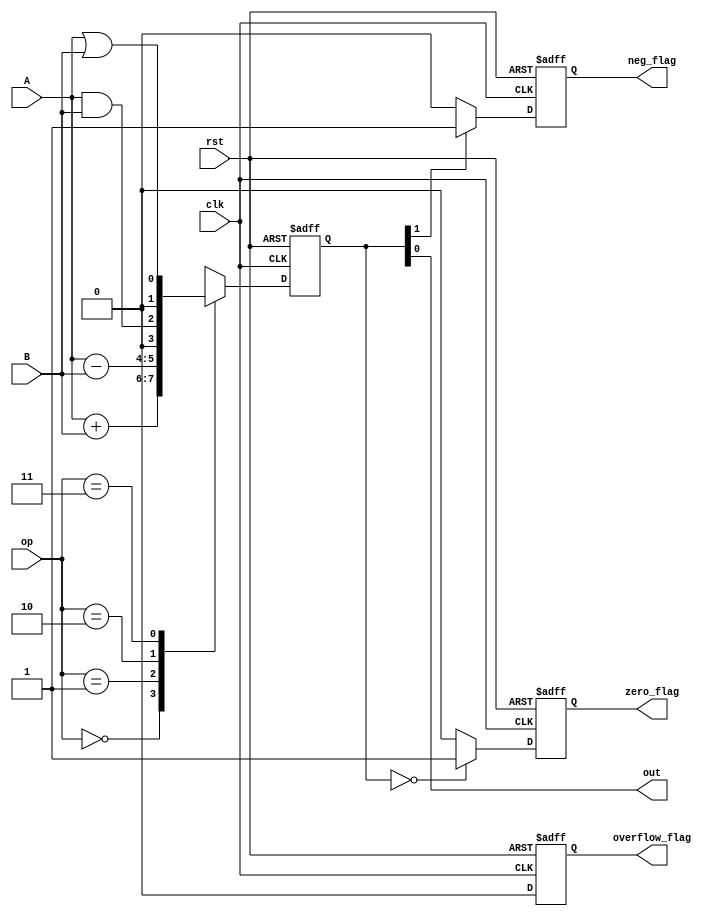
module ALU (
    input wire clk, // clock signal
    input wire rst, // reset signal
    input wire [1:0] op, // operation signal
    input wire A, // 1-bit input A
    input wire B, // 1-bit input B
    output wire out, // output result
    output wire zero_flag, // zero flag
    output wire neg_flag, // negative flag
    output wire overflow_flag // overflow flag
);

reg [1:0] result;

always @(posedge clk or posedge rst) begin
    if (rst) begin
        result <= 2'b0;
        zero_flag <= 1'b0;
        neg_flag <= 1'b0;
        overflow_flag <= 1'b0;
    end else begin
        case(op)
            2'b00: begin // addition
                result <= A + B;
            end
            2'b01: begin // subtraction
                result <= A - B;
            end
            2'b10: begin // bitwise AND
                result <= A & B;
            end
            2'b11: begin // bitwise OR
                result <= A | B;
            end
        endcase
    
        zero_flag <= (result == 2'b0) ? 1'b1 : 1'b0;
        neg_flag <= (result[1] == 1'b1) ? 1'b1 : 1'b0;
        overflow_flag <= 1'b0; // assuming no overflow in 1-bit ALU
    end
end

assign out = result;

endmodule